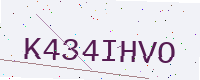
Text: K434IHVO